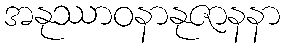
အနုဿာဝနာနုဇာနနာ